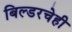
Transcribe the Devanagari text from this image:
बिल्डरचेही